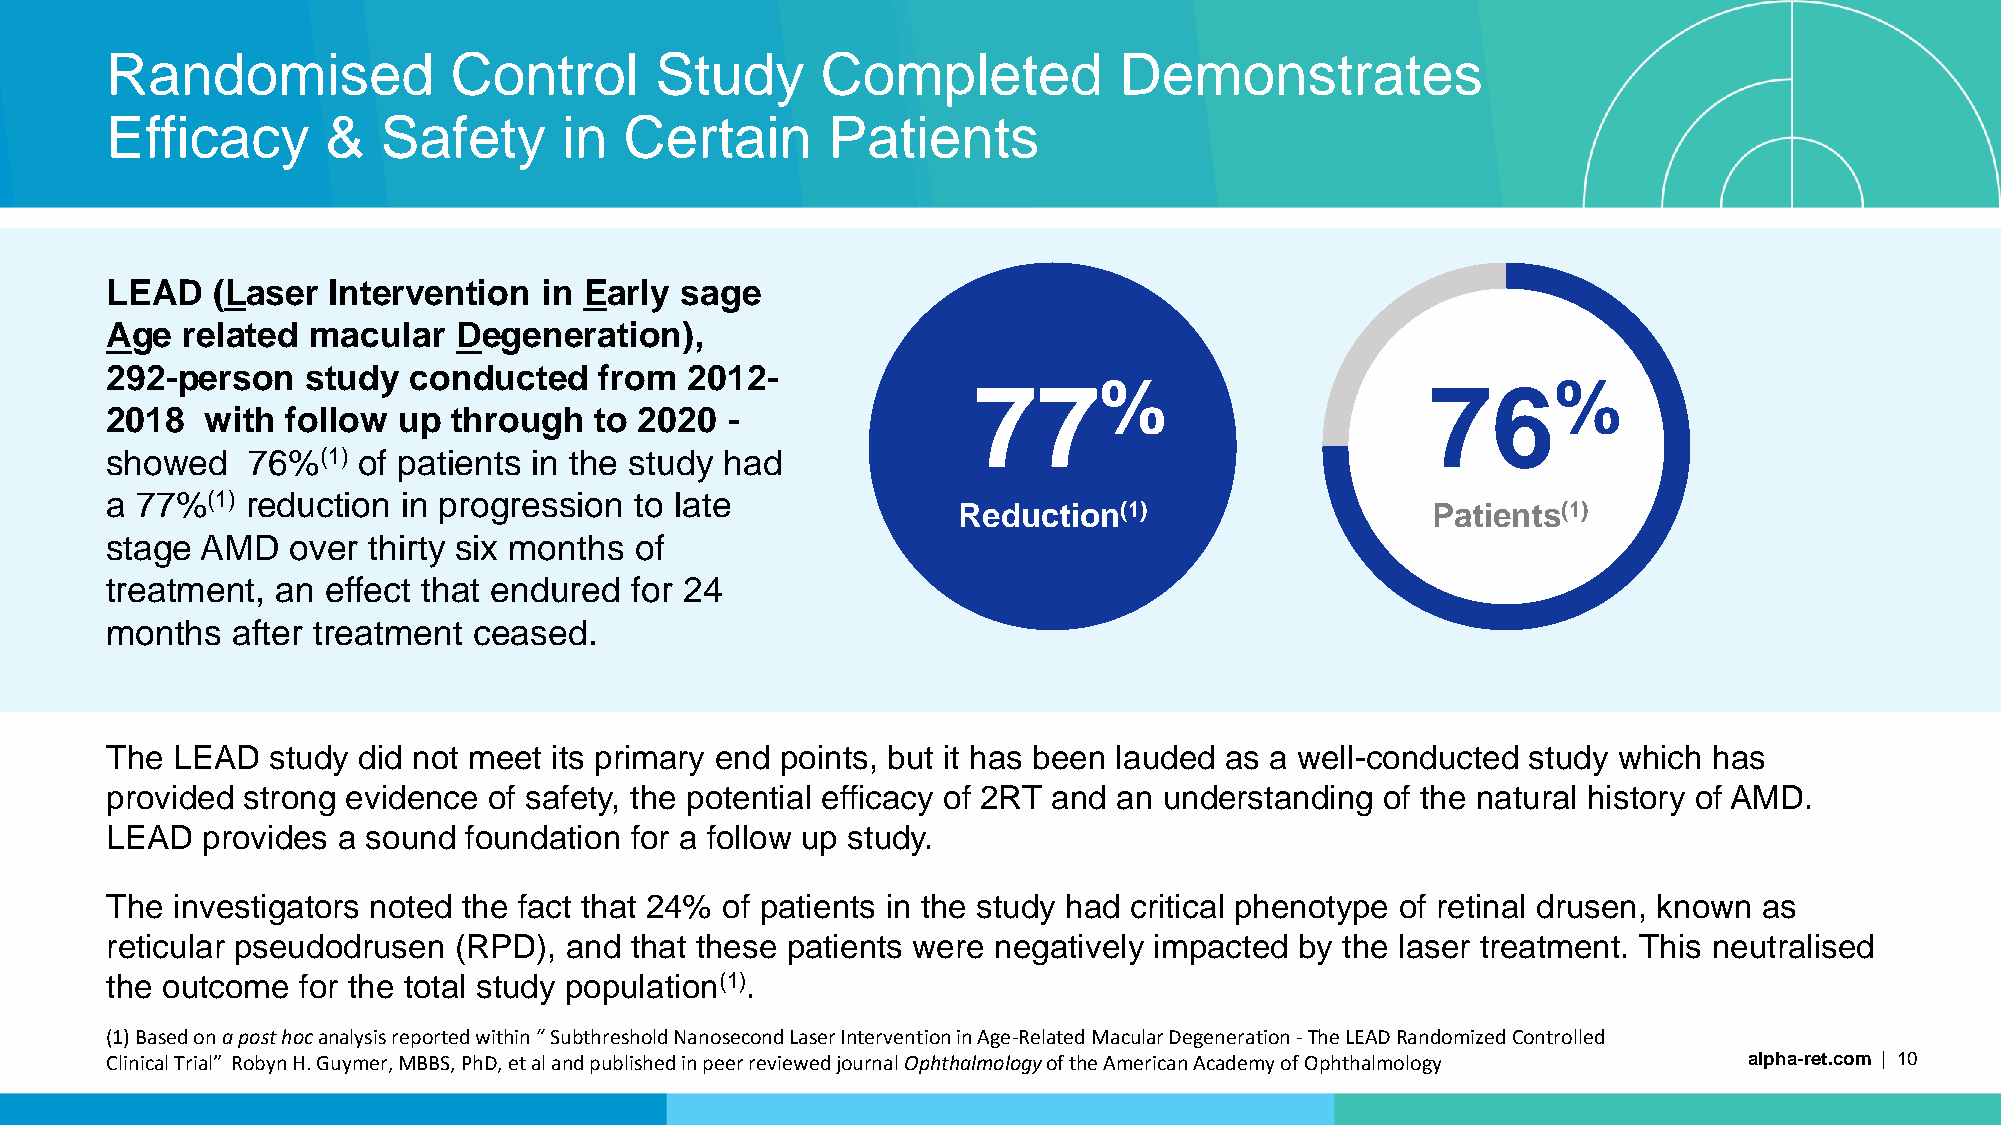
Randomised             Control      Study      Completed           Demonstrates
 Efficacy       &  Safety      in  Certain       Patients
 LEAD   (Laser  Intervention  in Early sage
 Age  related macular   Degeneration),
 292-person   study  conducted    from  2012-
 77%                            76%
 2018   with follow up  through  to 2020  -
 showed   76%(1)  of patients in the study had
 a 77%(1) reduction  in progression to late
 Reduction(1)                    Patients(1)
 stage AMD   over thirty six months of
 treatment, an  effect that endured for 24
 months  after treatment ceased.
 The LEAD   study did not meet its primary end points, but it has been lauded as a well-conducted study which has
 provided strong evidence of safety, the potential efficacy of 2RT and an understanding of the natural history of AMD.
 LEAD  provides a sound  foundation for a follow up study.
 The investigators noted the fact that 24% of patients in the study had critical phenotype of retinal drusen, known as
 reticular pseudodrusen (RPD), and  that these patients were negatively impacted by the laser treatment. This neutralised
 the outcome  for the total study population(1).
 (1) Based on a post hoc analysis reported within “ Subthreshold Nanosecond Laser Intervention in Age-Related Macular Degeneration -The LEAD Randomized Controlled
 Clinical Trial” Robyn H. Guymer, MBBS, PhD, et al and published in peer reviewed journal Ophthalmology of the American Academy of Ophthalmology alpha-ret.com | 10